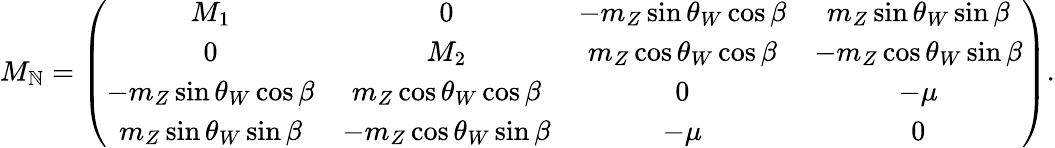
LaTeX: M_{\mathbb{N}}=\left(\begin{array}{cccc}{{M_{1}}}&{{0}}&{{-m_{Z}\sin\theta_{W}\cos\beta}}&{{m_{Z}\sin\theta_{W}\sin\beta}}\\ {{0}}&{{M_{2}}}&{{m_{Z}\cos\theta_{W}\cos\beta}}&{{-m_{Z}\cos\theta_{W}\sin\beta}}\\ {{-m_{Z}\sin\theta_{W}\cos\beta}}&{{m_{Z}\cos\theta_{W}\cos\beta}}&{{0}}&{{-\mu}}\\ {{m_{Z}\sin\theta_{W}\sin\beta}}&{{-m_{Z}\cos\theta_{W}\sin\beta}}&{{-\mu}}&{{0}}\end{array}\right).